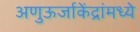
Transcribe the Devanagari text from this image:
अणुऊर्जाकेंद्रांमध्ये